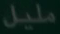
مليل